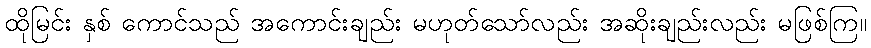
ထိုမြင်း နှစ် ကောင်သည် အကောင်းချည်း မဟုတ်သော်လည်း အဆိုးချည်းလည်း မဖြစ်ကြ။